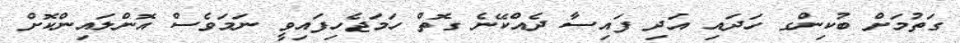
ގަތުމަށް ބުކިންގ ހަދައި އަދި ފައިސާ ދެއްކޭނެ ގޮތް ހަމަޖެހިފައިވީ ނަމަވެސް އޮންލައިންކޮށް